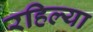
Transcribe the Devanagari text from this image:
रहिल्या